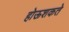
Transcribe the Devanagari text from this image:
होऊशकते